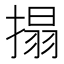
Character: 搨